system: You are a helpful assistant.
user:
Analyze the provided spectrum to determine if it is a **"Cataclysmic Variables (CV)"**.

- **Key Indicators for CV (Check for either state):**
    - **State 1: Quiescent / Low-State (Emission-Dominated)**
        - **(Primary):** Strong and *very broad* Hydrogen Balmer emission lines (e.g., $H\alpha$ at 6563 Å, $H\beta$ at 4861 Å). The 'broadness' (high velocity dispersion, often FWHM > 1000 km/s) is the key diagnostic, indicating a high-velocity accretion disk.
        - **(Secondary):** Broad neutral Helium (He I) emission lines (e.g., 5876 Å, 6678 Å).
        - **(Key Confirmation):** Presence of high-excitation *ionized* Helium (He II) emission at 4686 Å. This is a strong indicator of accretion onto a white dwarf.
        - **(Line Profile):** Emission lines may exhibit a 'double-peaked' profile, which is a classic signature of a rotating accretion disk viewed at high inclination.

    - **State 2: Outburst / High-State (Absorption-Dominated)**
        - **(Primary):** Spectrum is dominated by a bright, blue continuum (looks like a hot star).
        - **(Secondary):** The emission lines from State 1 are weak, absent, or 'filled in', and are replaced by broad, shallow *absorption* lines (primarily Balmer and He I).
        - **(Morphology):** The overall spectrum mimics a hot B/A-type star. The crucial difference is that the absorption lines are significantly broader, shallower, and more 'washed-out' (or 'smeared') than the sharp lines of a normal stellar photosphere, due to high rotational speeds and pressure broadening in the disk.

Think first, call **spectral_visualization_tool** if needed to examine features in detail, then provide your final answer. Your response must adhere to the following strict rules:
1.  **Overall Structure:** Your response must follow the format `<think>...</think> <tool_call>...</tool_call> (if a tool is used) <answer>...</answer>`.
2.  **Tool Usage Constraint:** You may only make **one** tool call per turn.
3.  **Final Answer Format:** In the `<answer>` tag, your conclusion must be inside a `\boxed{}` command (e.g., `\boxed{YES}`), followed by your justification.

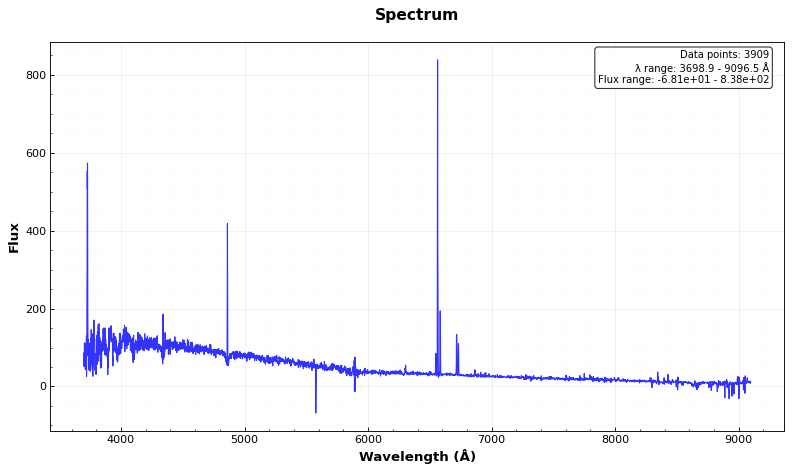
Answer: NO